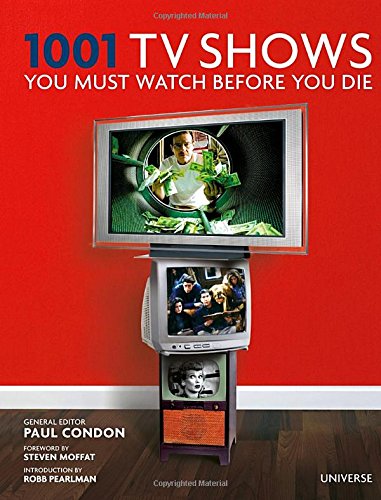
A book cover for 1001 TV Shows You Must Watch Before You Die; Humor & Entertainment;